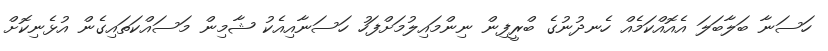
ހަސަނާ ބަލާބަލަ އެއޮއްކަމެއް ހެނދުނުގެ ބްރީފިން ނިންމައިލުމަށްފަހު ހަސަނާއިއެކު ޝާމިން މަސައްކަތައިގެން އުޅެނިކޮށް